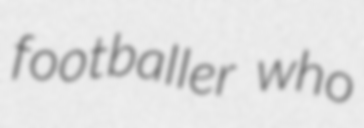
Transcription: footballer who